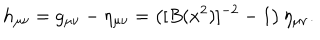
LaTeX: h _ { \mu \nu } = g _ { \mu \nu } - \eta _ { \mu \nu } = \left( [ B ( x ^ { 2 } ) ] ^ { - 2 } - 1 \right) \eta _ { \mu \nu } .